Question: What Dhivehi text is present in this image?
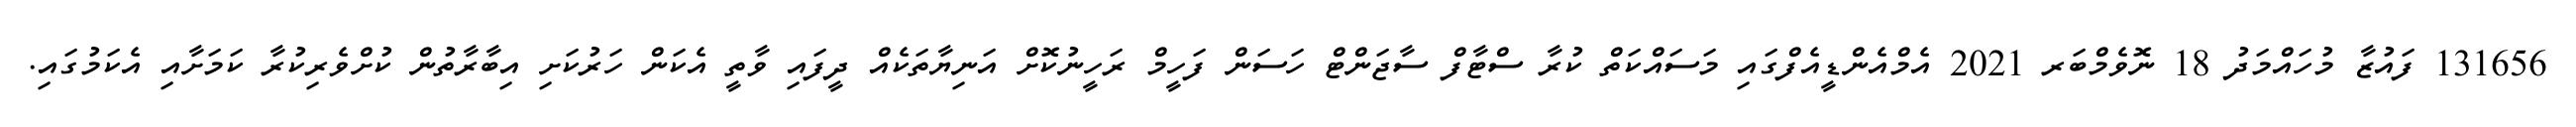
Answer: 131656 ފައުޒާ މުހައްމަދު 18 ނޮވެމްބަރ 2021 އެމްއެންޑީއެފްގައި މަސައްކަތް ކުރާ ސްޓާފް ސާޖަންޓް ހަސަން ފަހީމް ރަހީނުކޮށް އަނިޔާތަކެއް ދީފައި ވާތީ އެކަން ހަރުކަށި އިބާރާތުން ކުށްވެރިކުރާ ކަމަށާއި އެކަމުގައި.